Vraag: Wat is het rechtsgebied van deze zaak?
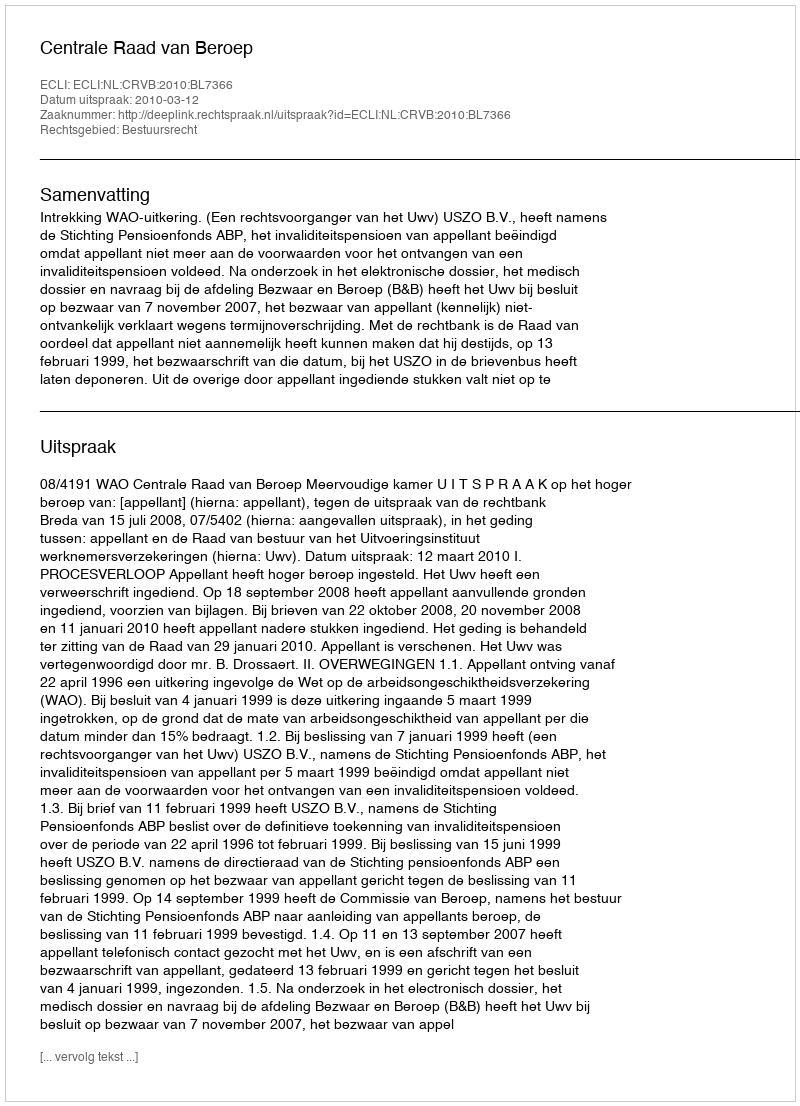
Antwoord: Bestuursrecht